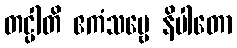
တင္ပါတိ ဧကံသဗ္ဗေ နိပါတော